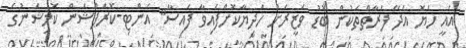
އެއީ ހެޔޮ އެދޭ ފަރާތްތަކުން ބޮޑު ވަޒީރަށް ހަދިޔާކޮށްފައިވާ ފައިސާ" އެންޓި-ކޮރަޕްޝަން ކޮމިޝަނުގެ